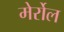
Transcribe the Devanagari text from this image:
मेर्रोल